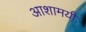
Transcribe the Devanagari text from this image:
आशामयी